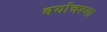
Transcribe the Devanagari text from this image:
बर्याचश्या